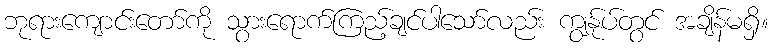
ဘုရားကျောင်းတော်ကို သွားရောက်ကြည့်ချင်ပါသော်လည်း ကျွန်ုပ်တွင် အချိန်မရှိ။